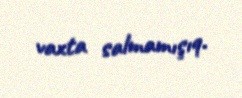
vaxta salmamışıq.